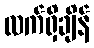
လက်ရှိချိန်